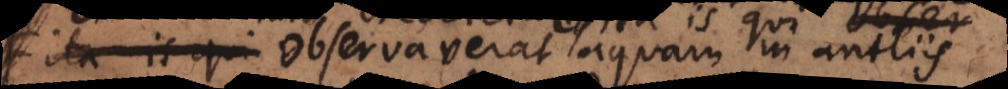
ita is qui observaverat aquam in antliis